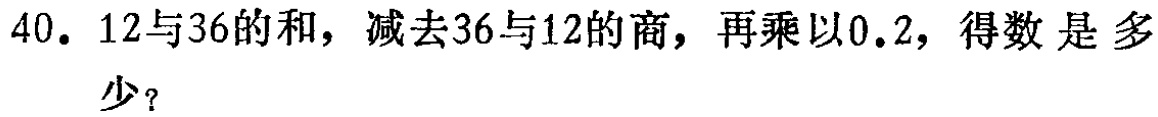
40. 12与36的和，减去36与12的商，再乘以0.2，得数是多少？